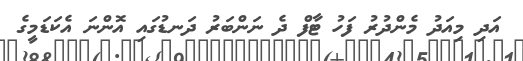
އަދި މިއަދު މެންދުރު ފަހު ޓާފް ދެ ނަންބަރު ދަނޑުގައި އޮންނަ އެކަޑަމީގެ